Insane asylums Bombay 1873-77 - 1873-1877
Year: 1873
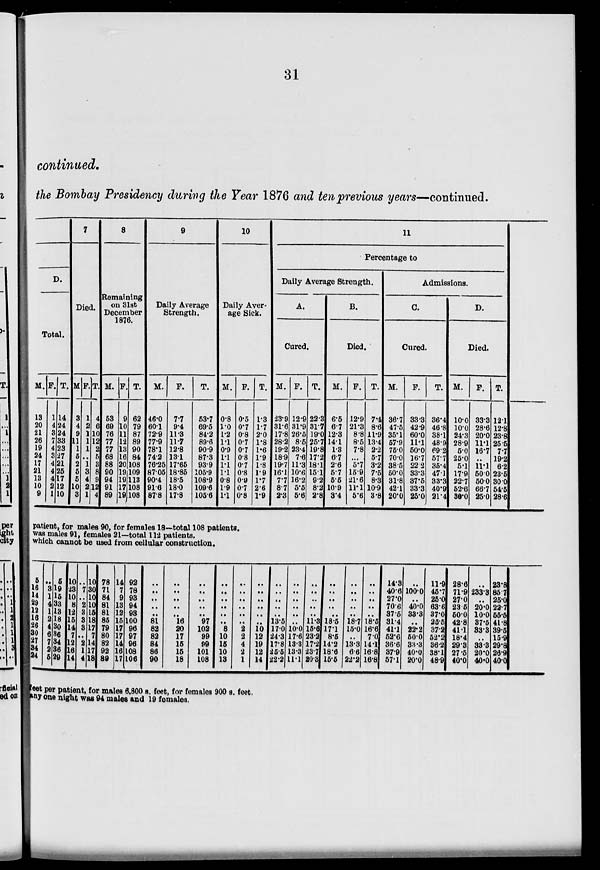
31
continued.
the Bombay Presidency during the Year 1876 and ten previous years—continued.
D.
Total.
M.
13
20
21
26
19
24
17
21
13
10
9
F.
1
4
8
7
4
3
4
4
4
2
1
T.
14
24
24
38
23
27
21
25
17
12
10
7
Died.
M
3
4
9
11
1
5
2
5
5
10
3
F.
1
2
1
1
1
..
1
8
4
2 1
T.
4
6
10
12
2
5
3
8
9
12
4
8
Remaining
on 31st
December
1876.
M.
53
69
76
77
77
68
88
90
94
91
89
F.
9
10
11
12
13
16
20
19
19
17
19
T.
62
79
87
89
90
84
108
109
113
108
108
9
Daily Average
Strength.
M.
46.0
60.1
72.9
77.9
78.1
74.2
76.25
87.05
90.4
91.6
87.8
F.
7.7
9.4
11.3
11.7
12.8
13.1
17.65
18.85
18.5
18.0
17.8
T.
53.7
69.5
84.2
89.6
90.9
87.3
93.9
105.9
108.9
109.6
105.6
10
Daily Aver-
age Sick.
M.
0.8
1.0
1.2
1.1
0.9
1.1
1.1 1.1
0.8
1.9
1.1
F.
0.5
0.7
0.8
0.7
0.7
0.8
0.7
0.8
0.9
0.7
0.8
T.
1.3
1.7
2.0
1.8
1.6
1.9
1.8
1.9
1.7
2.6
1.9
11
Percentage to
Daily Average Strength.
A.
Cured.
M.
23.9
31.6
17.8
28.2
19.2
18.9
19.7
16.1
7.7
8.7
2.3
F.
12.9
31.9
26.5
8.5
23.4
7.6
11.3
10.6
16.2
5.5
5.6
T.
22.3
31.7
19.0
25.7
19.8
17.2
18.1
15.1
9.2
8.2
2.8
B.
Died.
M.
6.5
6.7
12.3
14.1
1.3
6.7
2.6
5.7
5.5
10.9
3.4
F.
12.9
21.3
8.8
8.5
7.8
...
5.7
16.9
21.6
11.1
5.6
T.
7.4
8.6
11.9
13.4
2.2
5.7
3.2
7.5
8.3
10.9
3.8
Admissions.
C.
Cured.
M.
36.7
47.5
35.1
57.9
75.0
70.0
38.5
50.0
31.8
42.1
20.0
F.
33.3
42.9
60.0
11.1
50.0
16.7
22.2
33.3
37.5
33.3
25.0
T.
36.4
46.8
38.1
48.9
69.2
57.7
35.4
47.1
33.3
40.9
21.4
D.
Died.
M.
10.0
10.0
24.3
28.9
5.0
25.0
5.1
17.9
22.7
52.6
30.0
F.
33.3
28.6
20.0
11.1
16.7
..
11.1
50.0
50.0
66.7
25.0
T.
12.1
12.8
23.8
25.5
7.7
19.2
6.2
23.5
30.0
54.5
28.6
patient, for males 90, for females 18—total 108 patients.
was males 91, females 21—total 112 patients.
which cannot be used from cellular construction.
5
16
14
29
12
16
26
30
27
34
24
..
3
1
4
1
2
4
6
7
2
5
5
19
15
33
13
18
30
36
34
36
29
10
23
10
8
12
15
14
7
12
16
14
..
7
..
2
3
3
3
..
2
1
4
10
30
10
10
15
18
17
7
14
17
18
78
71
84
81
81
85
79
80
82
92
89
14
7
9
13
12
15
17
17
14
16
17
92
78
98
94
98
100
96
97
96
108
106
..
..
..
..
..
81
82
82
84
86
90
..
..
..
..
..
16
20
17
15
15
18
..
..
..
..
..
97
102
99
99
101
108
..
..
..
..
..
..
8
10
15
10
13
..
..
..
..
..
..
2
2
4
2
1
..
..
..
..
..
..
10
12
19
12 14
..
..
..
..
..
13.5
17.0
24.3
17.8
25.5
22.2
..
..
..
..
..
..
10.0
17.6
13.3
13.3
11.1
..
..
..
..
..
11.3
15.6
23.2
17.2
23.7
20.3
..
..
..
..
..
18.5
17.1
8.5
14.2
18.6
15.5
..
..
..
..
..
18.7
15.0
..
13.3
6.6
22.2
..
..
..
..
..
18.5
16.6
7.0
14.1
16.8
16.8
14.3
40.6
27.0
70.6
37.5
31.4
41.1
52.6
36.6
37.9
57.1
..
100.0
..
40.0
33.3
..
22.2
50.0
33.3
40.0
20.0
11.9
45.7
25.0
63.6
37.0
25.5
37.2
52.2
36.2
38.1
48.9
28.6
71.9
27.0
23.5
50.0
42.8
41.1
18.4
29.3
27.5
40.0
..
233.3
..
20.0
10.0
37.5
33.3
..
33.3
20.0
40.0
28.8
85.7
25.0
22.7
55.5
41.8
39.5
15.9
29.8
26.9
40.0
set per patient, for males 6,800 s. feet, for females 900 s. feet.
any one night was 94 males and 19 females.